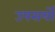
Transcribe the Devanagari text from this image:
उपसर्यों